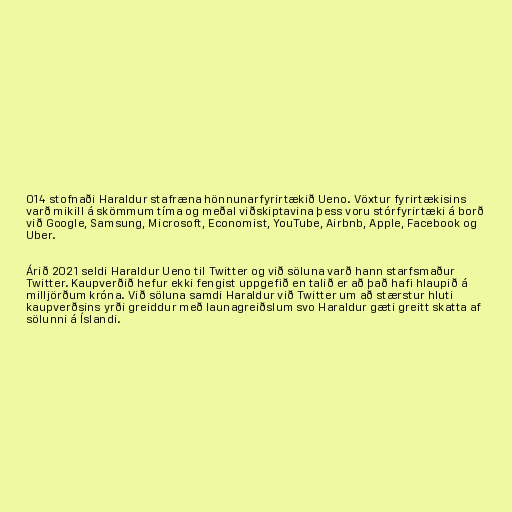
014 stofnaði Haraldur stafræna hönnunarfyrirtækið Ueno. Vöxtur fyrirtækisins
varð mikill á skömmum tíma og meðal viðskiptavina þess voru stórfyrirtæki á borð
við Google, Samsung, Microsoft, Economist, YouTube, Airbnb, Apple, Facebook og
Uber.

Árið 2021 seldi Haraldur Ueno til Twitter og við söluna varð hann starfsmaður
Twitter. Kaupverðið hefur ekki fengist uppgefið en talið er að það hafi hlaupið á
milljörðum króna. Við söluna samdi Haraldur við Twitter um að stærstur hluti
kaupverðsins yrði greiddur með launagreiðslum svo Haraldur gæti greitt skatta af
sölunni á Íslandi.